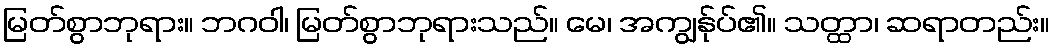
မြတ်စွာဘုရား။ ဘဂဝါ၊ မြတ်စွာဘုရားသည်။ မေ၊ အကျွန်ုပ်၏။ သတ္ထာ၊ ဆရာတည်း။